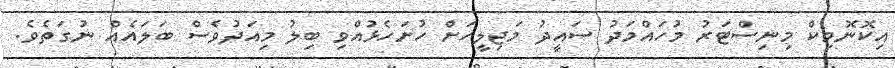
އިކޮނޮމިކް މިނިސްޓަރު މުހައްމަދު ސައީދު މަޖިލީހަށް ހުށަހެޅުއްވި ބިލު މިއަދުވެސް ބަލައެއް ނުގަތެވެ.